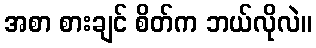
အစာ စားချင် စိတ်က ဘယ်လိုလဲ။